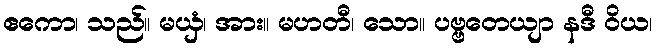
ဧကော၊ သည်။ မယှံ၊ အား။ မဟတီ၊ သော။ ပဗ္ဗတေယျာ နဒီ ဝိယ၊